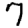
Digit: 7